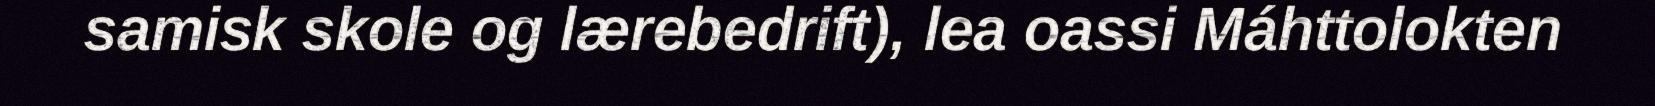
samisk skole og lærebedrift), lea oassi Máhttolokten